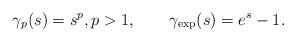
LaTeX: \begin{align*}\gamma_p(s) = s^p,p> 1,\qquad\gamma_{\mathrm{exp}}(s) = e^s - 1.\end{align*}